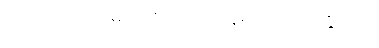
လ ပေး လက်မှတ်ကို ဘယ်နေရာမှာ ဝယ်နိုင်လဲ။